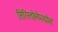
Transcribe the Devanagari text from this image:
सिरिस्तोलेमयोस